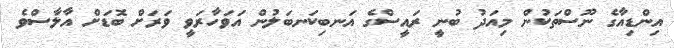
އިންޑިއާގެ ނޫސްތަކުން މިއަދު ބުނީ ރައީސްގެ އަނބިކަނބަލުން އަވަހާރަވީ ވަރަށް ބޮޑަށް އާލާސްވެ